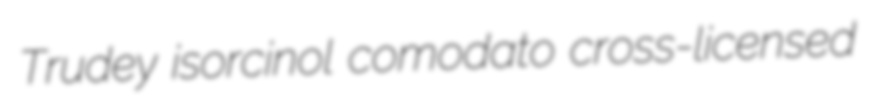
Trudey isorcinol comodato cross-licensed